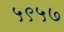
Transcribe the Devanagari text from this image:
५९५७